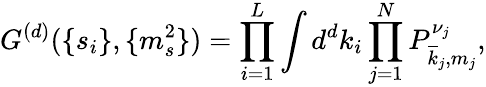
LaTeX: G^{(d)}(\{ s_{i}\} ,\{ m_{s}^{2}\} )=\prod_{i=1}^{L}\int d^{d}k_{i}\prod_{j=1}^{N}P_{\overline{{{k}}}_{j},m_{j}}^{\nu_{j}},